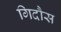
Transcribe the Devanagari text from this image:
गिदौस